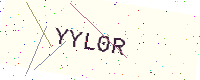
Text: YYL0R